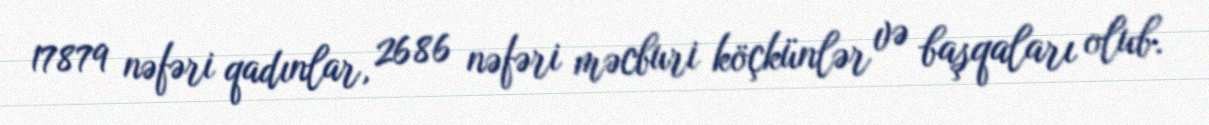
17879 nəfəri qadınlar, 2686 nəfəri məcburi köçkünlər və başqaları olub.